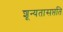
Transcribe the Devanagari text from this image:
शून्यतासप्तति